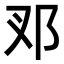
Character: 𨙳